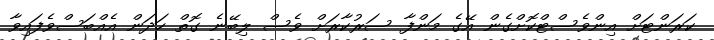
ކަރަންޓަށް އިންވެސްޓްކޮށްގެން އޭގެ މަންފާ ސަރުކާރަށް ވެސް ލިބޭނެ ގޮތް ހަދަން އެއްބަސްވެފައިވާ